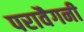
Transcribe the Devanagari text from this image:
परावैगनी